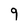
Character: 9